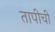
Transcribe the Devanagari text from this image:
तापीची